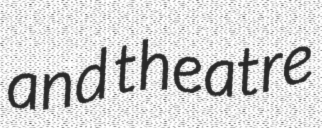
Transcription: and theatre